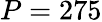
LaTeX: P=275